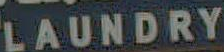
LAUNDRY